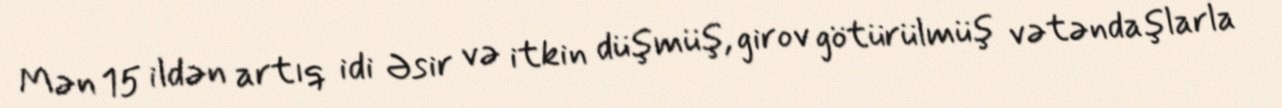
Mən 15 ildən artıq idi Əsir və itkin düşmüş, girov götürülmüş vətəndaşlarla